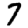
Digit: 7